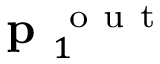
\textbf { p } _ { 1 } ^ { \mathrm { ~ o ~ u ~ t ~ } }